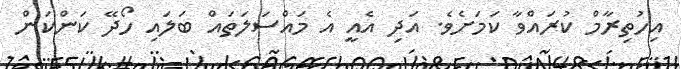
އިހުތިރާމް ކުރައްވާ ކަމަށެވެ. އަދި އެއީ އެ މައްސަލަތައް ބަލައި ހޯދޭ ކަންކަން